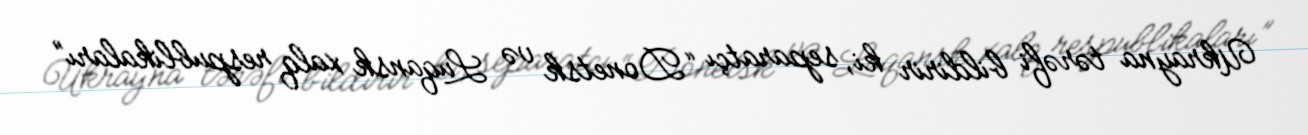
Ukrayna tərəfi bildirir ki, separatçı “Donetsk və Luqansk xalq respublikaları”